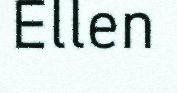
Ellen